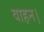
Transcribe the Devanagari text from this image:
वाहन।